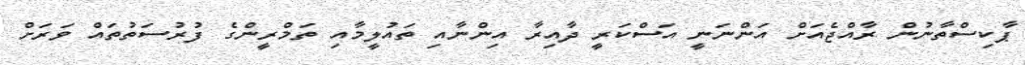
ޕާކިސްތާނުން ރާއްޖެއަށް އަންނަނީ އަސްކަރީ ދާއިރާ އިންނާއި ތައުލީމާއި ތަމްރީންގެ ފުރުސަތުތައް ވަރަށް